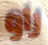
راو